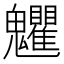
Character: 𩵅